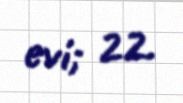
evi; 22.